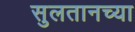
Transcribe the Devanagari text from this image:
सुलतानच्या